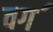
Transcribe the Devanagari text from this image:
वग॔